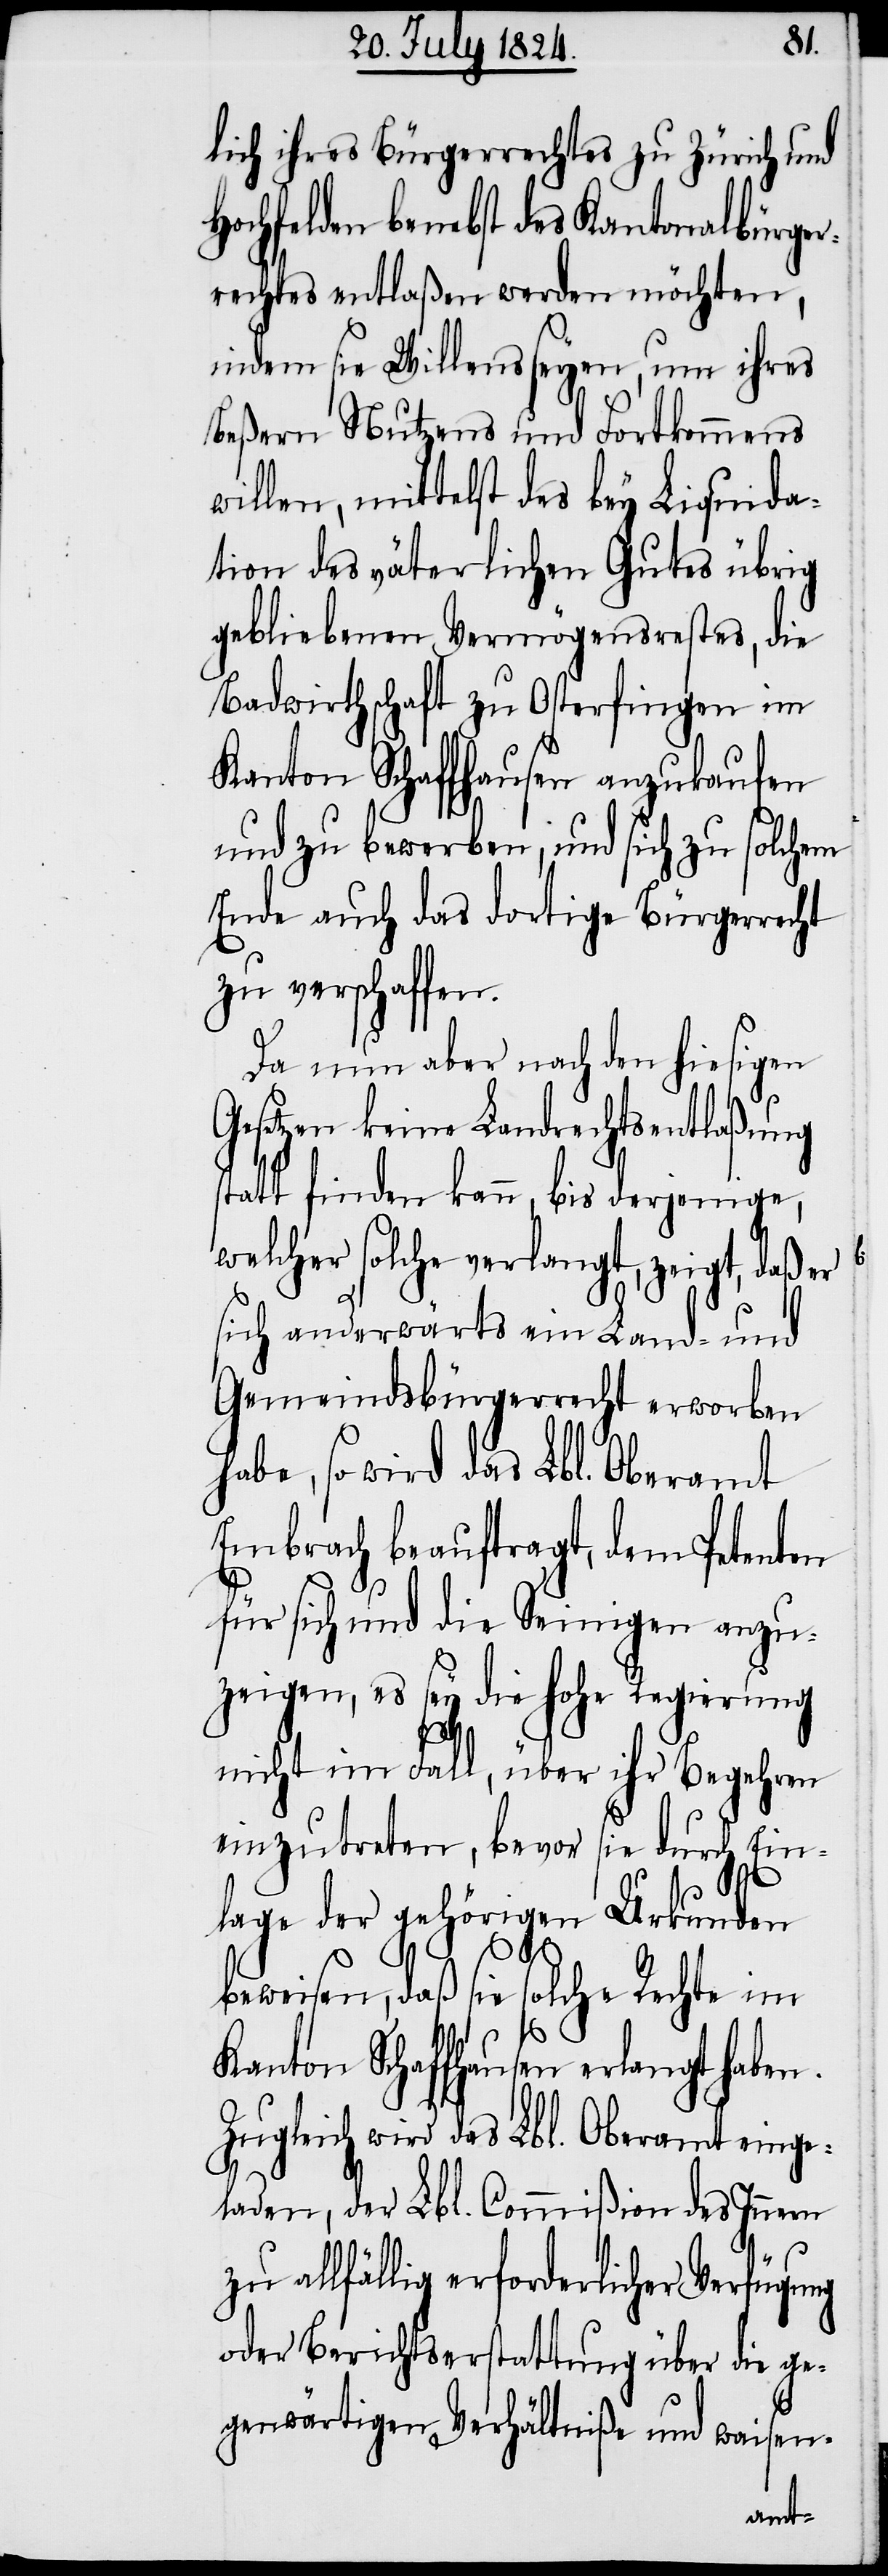
lich ihres Bürgerrechtes zu Zürich und
Hochfelden benebst des Kantonalbürger¬
rechtes entlaßen werden möchten,
indem sie Willens seyen, um ihres
Beßern Nutzens und Fortkommens
willen, mittelst des bey Liquida¬
tion des väterlichen Gutes übrig
gebliebenen Vermögensrestes, die
Badwirthschaft zu Osterfingen im
Kanton Schaffhausen anzukaufen
und zu bewerben, und sich zu solchem
Ende auch das dortige Bürgerrecht
zu verschaffen.
Da nun aber nach den hiesigen
Gesetzen keine Landrechtsentlaßung
tatt finden kann, bis derjenige,
welcher solche verlangt, zeigt, daß er
sich anderwärts ein Land- und
Gemeindsbürgerrecht erworben
habe, so wird das Lbl. Oberamte
Embrach beauftragt, dem Petenten
für sich und die Seinigen anzu¬
zeigen, es sey die hohe Regierung
nicht im Fall, über ihr Begehren
einzutreten, bevor sie durch Ein¬
lage der gehörigen Urkunden
s¬
bewiesen, daß sie solche Rechte im
Kanton Schaffhausen erlangt haben.
Zugleich wird das Lbl. Oberamt einge¬
laden, der Lbl. Commißion des Innern
zu allfällig erforderlicher Verfügung
oder Berichtserstattung über die ge¬
genwärtigen Verhältniße und waisen-